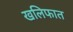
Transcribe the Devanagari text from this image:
खलिफात